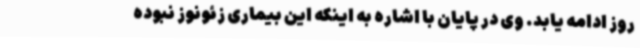
روز ادامه یابد. وی در پایان با اشاره به اینکه این بیماری زئونوز نبوده